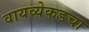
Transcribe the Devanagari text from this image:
वायव्येकडचा